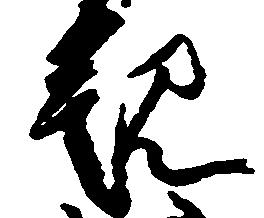
観